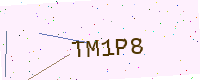
Text: TM1P8